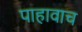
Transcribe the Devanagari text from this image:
पाहावाच